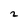
Character: 2